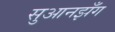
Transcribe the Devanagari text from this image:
सुआनझँग